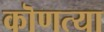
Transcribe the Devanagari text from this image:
कॊणत्या